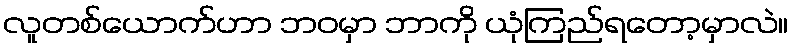
လူတစ်ယောက်ဟာ ဘဝမှာ ဘာကို ယုံကြည်ရတော့မှာလဲ။